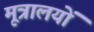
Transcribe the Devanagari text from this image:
मूत्रालयों